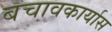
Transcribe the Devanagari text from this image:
बचावकार्यास